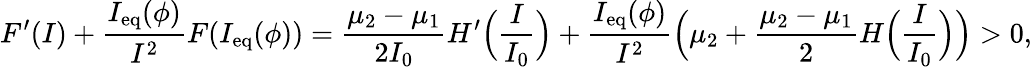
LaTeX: F^{\prime}(I)+\frac{I_{\mathrm{eq}}(\phi)}{I^{2}}F(I_{\mathrm{eq}}(\phi))=\frac{\mu_{2}-\mu_{1}}{2I_{0}}H^{\prime}\Big(\frac{I}{I_{0}}\Big)+\frac{I_{\mathrm{eq}}(\phi)}{I^{2}}\Big(\mu_{2}+\frac{\mu_{2}-\mu_{1}}{2}H\Big(\frac{I}{I_{0}}\Big)\Big)>0,